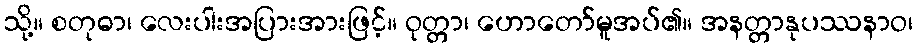
သို့။ စတုဓာ၊ လေးပါးအပြားအားဖြင့်။ ဝုတ္တာ၊ ဟောတော်မူအပ်၏။ အနတ္တာနုပဿနာဝ၊